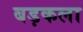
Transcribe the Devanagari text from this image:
बड़कला